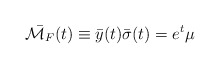
\begin{align*}\bar{{\cal M}_F}(t)\equiv \bar{y}(t) \bar{\sigma}(t)= e^t \mu\end{align*}